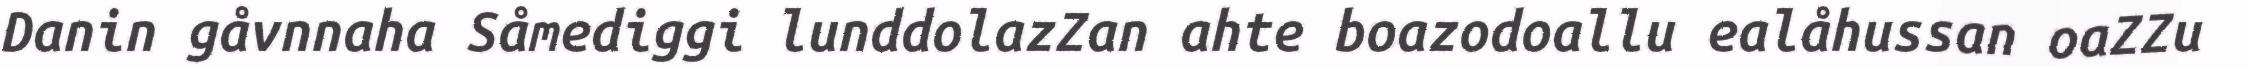
Danin gåvnnaha Såmediggi lunddolazZan ahte boazodoallu ealåhussan oaZZu